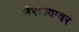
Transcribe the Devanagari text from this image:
नैराश्यावर